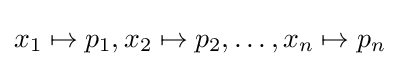
x_{1}\mapsto p_{1},x_{2}\mapsto p_{2},\ldots ,x_{n}\mapsto p_{n}